Civil Veterinary Department Bihar & Orissa reports 1922-29 - 1922-1929
Year: 1922
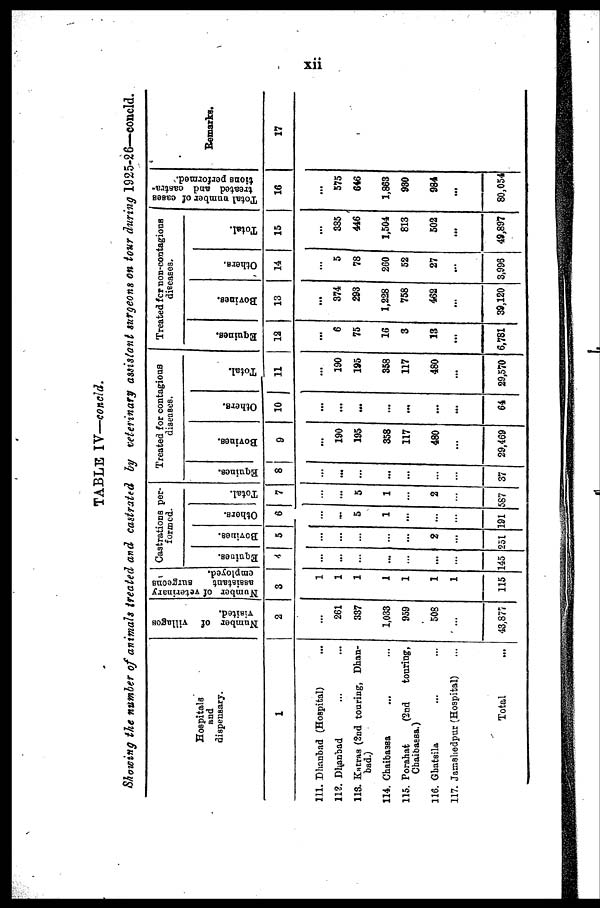
xii
TABLE IV—concld.
owing the number of animals treated and castrated by veterinary assistant surgeons on tour during 1925-26—concld.
Hospitals
and
dispensary.
1
111. Dhanbad (Hospital) ...
112. Dhaanbad ... ...
118. Katras (2nd touring, Dhan-
bad.)
114. Chaibassa ... ...
115. Forahat
(2nd
touring,
Chaibassa.)
116. Ghatsila ... ...
117. Jamshedpur (Hospital) ...
Total ...
Number of villages
visited.
2
...
261
337
1,033
959
508
...
43,877
Number of veterinary
assistant
surgeons
employed.
3
1
1
1
1
1
1
1
115
Castrations per-
formed.
Equities.
4
...
...
...
...
...
...
...
145
Bovines.
5
...
...
...
...
...
2
...
251
Others.
6
...
...
5
1
...
...
...
191
Total.
7
...
...
5
1
...
2
...
587
Treated for contagious
diseases.
Equines.
8
...
...
...
...
...
...
37
Bovines.
9
...
190
195
358
117
480
...
29,469
Others.
10
...
...
...
...
...
...
...
64
Total.
11
...
190
195
358
117
480
...
29,570
Treated for non-contagions
diseases.
Equines.
12
...
6
75
16
3
13
...
6,781
Bovines.
13
...
374
293
1,228
758
462
...
39,120
Others.
14
...
5
78
260
52
27
...
3,996
Total.
15
...
385
446
1,504
813
502
...
49,897
Total number of cases
treated and castra-
tions performed.
16
...
575
646
1,863
930
984
...
80,054
Remarks.
17